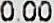
0.00